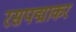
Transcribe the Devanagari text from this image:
रसपद्माकर